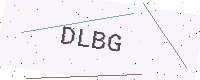
Text: DLBG